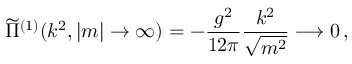
\widetilde { \Pi } ^ { ( 1 ) } ( k ^ { 2 } , | m | \rightarrow \infty ) = - \frac { g ^ { 2 } } { 1 2 \pi } \frac { k ^ { 2 } } { \sqrt { m ^ { 2 } } } \longrightarrow 0 \, ,